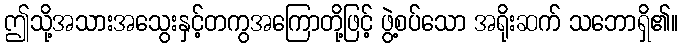
ဤသို့အသားအသွေးနှင့်တကွအကြောတို့ဖြင့် ဖွဲ့စပ်သော အရိုးဆက် သဘောရှိ၏။